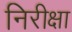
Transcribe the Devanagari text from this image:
निरीक्षा